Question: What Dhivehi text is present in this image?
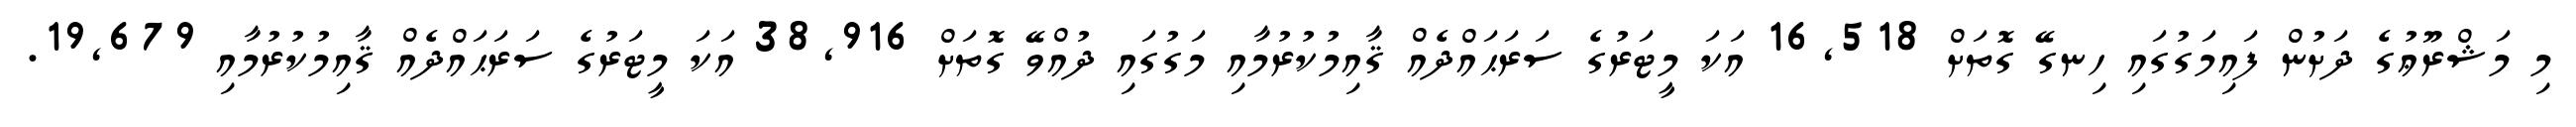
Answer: މި މަޝްރޫޢުގެ ދަށުން ފައިމަގުގައި ހިނގޭ ގޮތަށް 16,518 އަކަ މީޓަރުގެ ސަރަޙައްދެއް ޤާއިމުކުރުމާއި މަގުގައި ދުއްވޭ ގޮތަށް 38,916 އަކަ މީޓަރުގެ ސަރަޙައްދެއް ޤާއިމުކުރުމާއި 19,679.